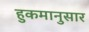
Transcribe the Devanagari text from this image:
हुकमानुसार